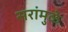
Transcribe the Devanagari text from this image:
सरांमुळे